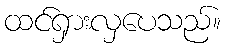
ထင်ရှားလှပေသည်။